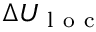
\Delta U _ { \mathrm { ~ l ~ o ~ c ~ } }